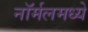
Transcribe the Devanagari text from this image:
नॉर्मलमध्ये